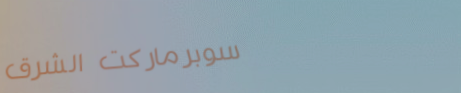
سوبرماركت الشرق